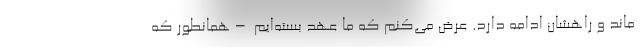
ماند و راهشان ادامه دارد. عرض می‌کنم که ما عهد بسته‌ایم –همانطور که